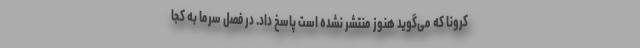
کرونا که می‌گوید هنوز منتشر نشده است پاسخ داد. در فصل سرما به کجا